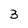
Character: 3